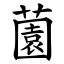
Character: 薗